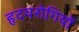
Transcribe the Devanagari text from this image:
हृदयरोगियों